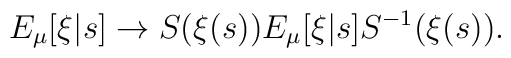
E_\mu[\xi|s] \to S(\xi(s)) E_\mu[\xi|s] S^{-1} (\xi(s)).